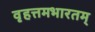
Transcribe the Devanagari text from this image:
वृहत्तमभारतम्